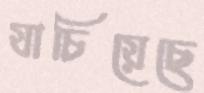
যাচিয়েছে